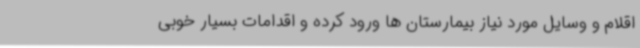
اقلام و وسایل مورد نیاز بیمارستان ها ورود کرده و اقدامات بسیار خوبی